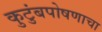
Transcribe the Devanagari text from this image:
कुटुंबपोषणाचा